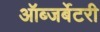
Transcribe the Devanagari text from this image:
ऑब्जर्बेटरी